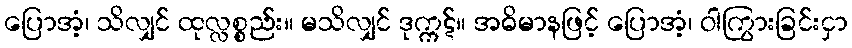
ပြောအံ့၊ သိလျှင် ထုလ္လစ္စည်း။ မသိလျှင် ဒုက္ကဋ်။ အဓိမာနဖြင့် ပြောအံ့၊ ဝါကြွားခြင်းငှာ